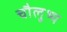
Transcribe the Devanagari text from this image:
चौलुभ्य